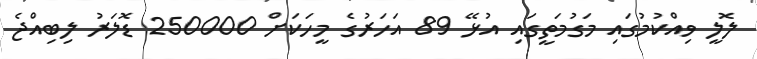
ލޮލީ ވިއްކުމުގައި މަގުމަތީގައި އުޅޭ 89 އަހަރުގެ މީހަކަށް 250000 ޑޮލަރު ލިބިއްޖެ